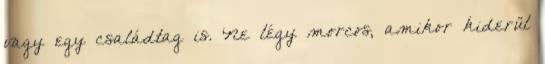
vagy egy családtag is. Ne légy morcos, amikor kiderül